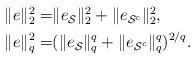
LaTeX: \begin{align*}\begin{aligned}\|e\|_2^2=&\|e_{\mathcal S}\|_2^2+\|e_{\mathcal S^c}\|_2^2,\\\|e\|_{q}^{2}=&(\|e_{\mathcal S}\|_{q}^{q}+\|e_{\mathcal S^c}\|_{q}^{q})^{2/q}.\end{aligned}\end{align*}